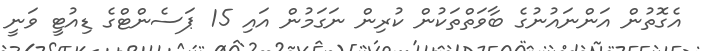
އެގޮތުން އަންނައުނުގެ ބާވަތްތަކުން ކުރިން ނަގަމުން އައި 15 ޕަސެންޓްގެ ޑިއުޓީ ވަނީ